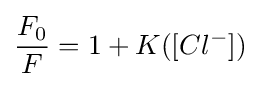
{\frac {F_{0}}{F}}=1+K([Cl^{-}])